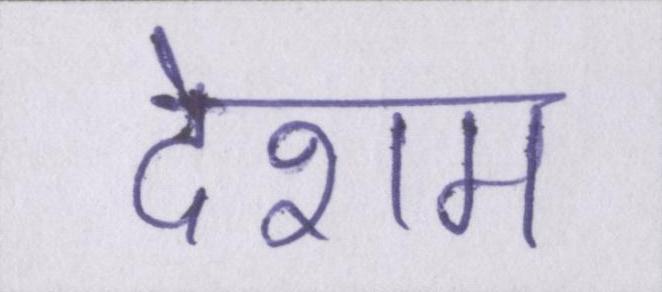
देशम